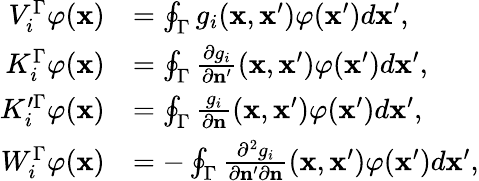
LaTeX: \begin{array}{rl}{V_{i}^{\Gamma}\varphi(\mathbf{x})}&{=\oint_{\Gamma}g_{i}(\mathbf{x},\mathbf{x}^{\prime})\varphi(\mathbf{x}^{\prime})d\mathbf{x}^{\prime},}\\ {K_{i}^{\Gamma}\varphi(\mathbf{x})}&{=\oint_{\Gamma}\frac{\partial g_{i}}{\partial\mathbf{n}^{\prime}}(\mathbf{x},\mathbf{x}^{\prime})\varphi(\mathbf{x}^{\prime})d\mathbf{x}^{\prime},}\\ {K_{i}^{\prime\Gamma}\varphi(\mathbf{x})}&{=\oint_{\Gamma}\frac{g_{i}}{\partial\mathbf{n}}(\mathbf{x},\mathbf{x}^{\prime})\varphi(\mathbf{x}^{\prime})d\mathbf{x}^{\prime},}\\ {W_{i}^{\Gamma}\varphi(\mathbf{x})}&{=-\oint_{\Gamma}\frac{\partial^{2}g_{i}}{\partial\mathbf{n}^{\prime}\partial\mathbf{n}}(\mathbf{x},\mathbf{x}^{\prime})\varphi(\mathbf{x}^{\prime})d\mathbf{x}^{\prime},}\end{array}